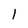
Character: 1